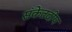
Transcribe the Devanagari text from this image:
संकेतदीप